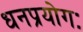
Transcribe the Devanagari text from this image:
धनप्रयोगः